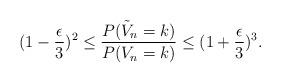
LaTeX: \begin{align*}(1-\frac{\epsilon}{3})^{2} \leq \frac{P(\tilde{V}_{n}=k)}{P(V_{n}=k) } \leq (1 + \frac{\epsilon}{3})^{3}. \end{align*}